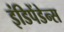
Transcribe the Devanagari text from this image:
इंडिपेंडेन्स